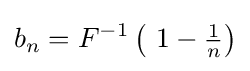
b_{n}=F^{-1}\left(\ 1-{\tfrac {1}{n}}\right)